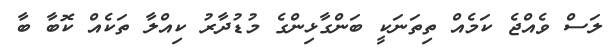
ލަސް ވެއްޖެ ކަމެއް ތިތަނަކީ ބަންގާޅިންގެ މުޑުދާރު ކިއްލާ ތަކެއް ކޮބާ ބާ